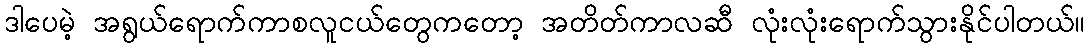
ဒါပေမဲ့ အရွယ်ရောက်ကာစလူငယ်တွေကတော့ အတိတ်ကာလဆီ လုံးလုံးရောက်သွားနိုင်ပါတယ်။